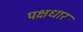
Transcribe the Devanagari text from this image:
पक्षधार